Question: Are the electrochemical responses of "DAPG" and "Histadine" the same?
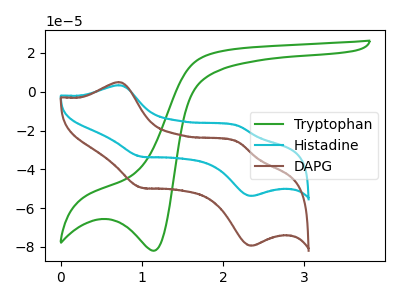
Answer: <think>The green curve "Tryptophan" has a cathodic peak at: (1.15V, -82.00uA). The cyan curve "Histadine" has anodic peaks at (0.70V, 3.35uA) (2.20V, -17.50uA) and cathodic peaks at (1.00V, -33.40uA) (2.35V, -53.75uA). The brown curve "DAPG" has anodic peaks at (0.70V, 4.95uA) (2.20V, -25.85uA) and cathodic peaks at (1.00V, -49.40uA) (2.35V, -79.40uA).
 All the peaks in "DAPG" have a peak in "Histadine" at the same potential.</think>
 <answer>"DAPG" and "Histadine" are similar in shape.</answer>
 <eval>same_shape</eval>